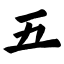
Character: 五